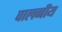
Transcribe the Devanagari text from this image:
पालनीय